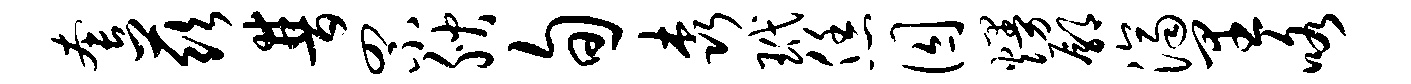
套兹普罘腴旬森玳恁囚熳鄢济里咯